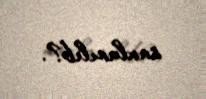
saxlanılıb?.